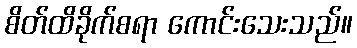
စိတ်ထိခိုက်စရာ ကောင်းသေးသည်။